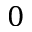
0